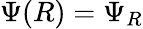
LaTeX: \Psi(R)=\Psi_{R}